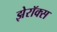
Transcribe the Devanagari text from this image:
झेरॉक्‍स